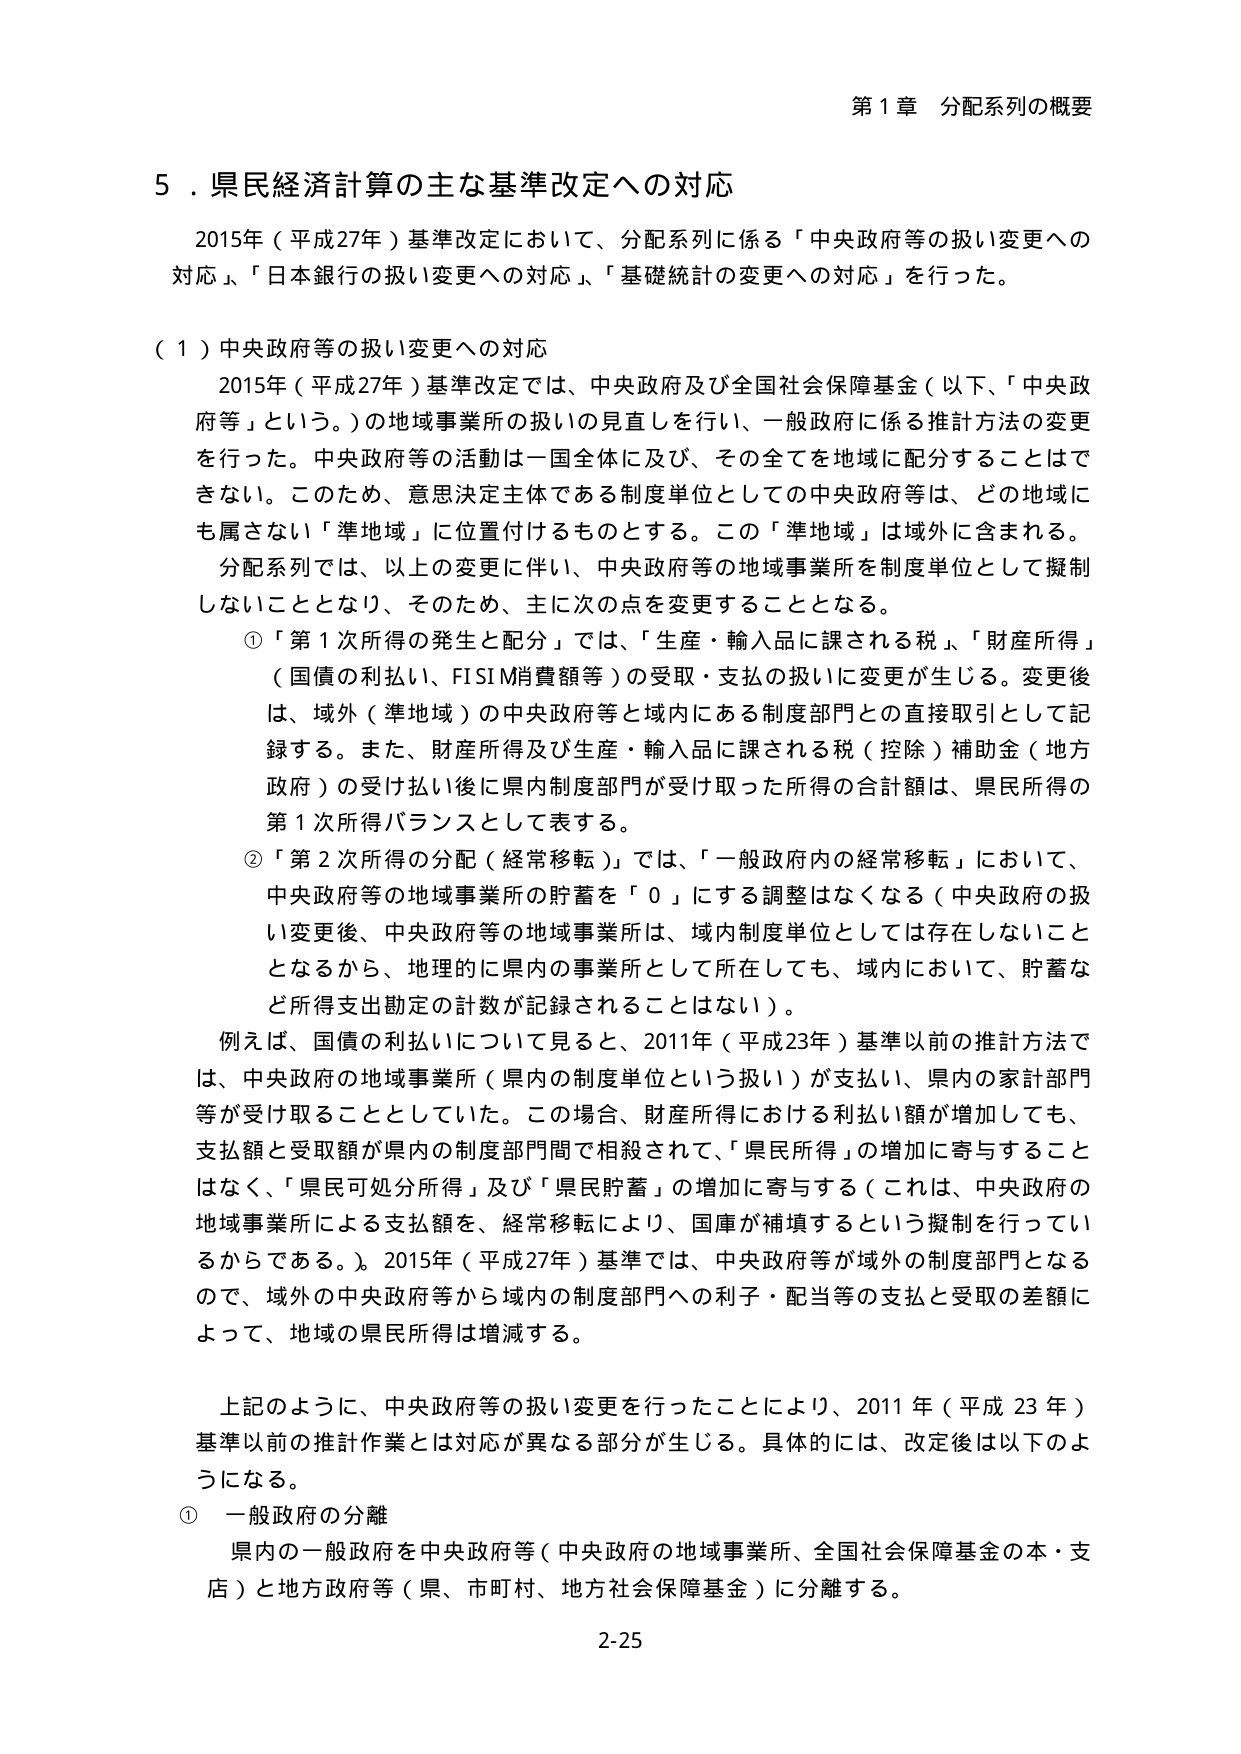
第1章 分配系列の概要

5．県民経済計算の主な基準改定への対応

2015年（平成27年）基準改定において、分配系列に係る「中央政府等の扱い変更への対応」、「日本銀行の扱い変更への対応」、「基礎統計の変更への対応」を行った。

（1）中央政府等の扱い変更への対応

2015年（平成27年）基準改定では、中央政府及び全国社会保障基金（以下、「中央政府等」という。）の地域事業所の扱いの見直しを行い、一般政府に係る推計方法の変更を行った。中央政府等の活動は一国全体に及び、その全てを地域に配分することはできない。このため、意思決定主体である制度単位としての中央政府等は、どの地域にも属さない「準地域」に位置付けるものとする。この「準地域」は域外に含まれる。

分配系列では、以上の変更に伴い、中央政府等の地域事業所を制度単位として擬制しないこととなり、そのため、主に次の点を変更することとなる。

①「第1次所得の発生と配分」では、「生産・輸入品に課される税」、「財産所得」（国債の利払い、FISIM消費額等）の受取・支払の扱いに変更が生じる。変更後は、域外（準地域）の中央政府等と域内にある制度部門との直接取引として記録する。また、財産所得及び生産・輸入品に課される税（控除）補助金（地方政府）の受け払い後に県内制度部門が受け取った所得の合計額は、県民所得の第1次所得バランスとして表する。

②「第2次所得の分配（経常移転）」では、「一般政府内の経常移転」において、中央政府等の地域事業所の貯蓄を「0」にする調整はなくなる（中央政府の扱い変更後、中央政府等の地域事業所は、域内制度単位としては存在しないこととなるから、地理的に県内の事業所として所在しても、域内において、貯蓄など所得支出勘定の計数が記録されることはない）。

例えば、国債の利払いについて見ると、2011年（平成23年）基準以前の推計方法では、中央政府の地域事業所（県内の制度単位という扱い）が支払い、県内の家計部門等が受け取ることとしていた。この場合、財産所得における利払い額が増加しても、支払額と受取額が県内の制度部門間で相殺されて、「県民所得」の増加に寄与することはなく、「県民可処分所得」及び「県民貯蓄」の増加に寄与する（これは、中央政府の地域事業所による支払額を、経常移転により、国庫が補填するという擬制を行っているからである。）。2015年（平成27年）基準では、中央政府等が域外の制度部門となるので、域外の中央政府等から域内の制度部門への利子・配当等の支払と受取の差額によって、地域の県民所得は増減する。

上記のように、中央政府等の扱い変更を行ったことにより、2011年（平成23年）基準以前の推計作業とは対応が異なる部分が生じる。具体的には、改定後は以下のようになる。

① 一般政府の分離

県内の一般政府を中央政府等（中央政府の地域事業所、全国社会保障基金の本・支店）と地方政府等（県、市町村、地方社会保障基金）に分離する。

2-25